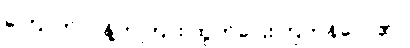
ကြောက်လန့်တကြား ထွက်ပြေးကြကုန်လေ၏။